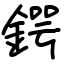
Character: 鍔